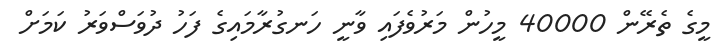
މީގެ ތެރޭން 40000 މީހުން މަރުވެފައި ވާނީ ހަނގުރާމައިގެ ފަހު ދުވަސްވަރު ކަމަށް